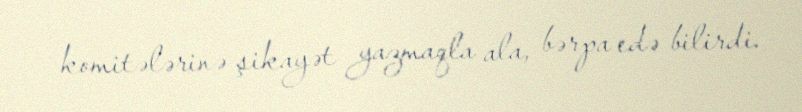
komitələrinə şikayət yazmaqla ala, bərpa edə bilirdi.